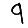
Digit: 9